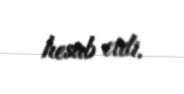
hesab etdi.